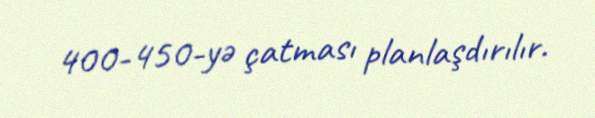
400-450-yə çatması planlaşdırılır.